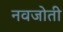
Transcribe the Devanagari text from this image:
नवजोती